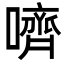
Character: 嚌